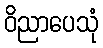
ဝိညာပေသုံ